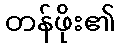
တန်ဖိုး၏